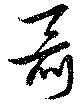
囁